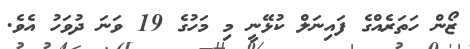
ޒޯން ހަތަރެއްގެ ފައިނަލް ކުޅޭނީ މި މަހުގެ 19 ވަނަ ދުވަހު އެވެ.